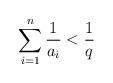
LaTeX: \begin{align*}\sum_{i=1}^n \frac{1}{a_i} < \frac{1}{q}\end{align*}